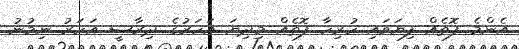
އެންމެ ފޮތެއް ފިޔަވައި ހުރިހާ ފޮތެއް މިދިޔަ އަހަރުގެ ދިރާސީ އަހަރު ނިމުނު